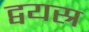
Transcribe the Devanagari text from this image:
द्वयस्र